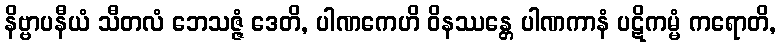
နိဗ္ဗာပနီယံ သီတလံ ဘေသဇ္ဇံ ဒေတိ, ပါဏကေဟိ ဝိနဿန္တေ ပါဏကာနံ ပဋိကမ္မံ ကရောတိ,